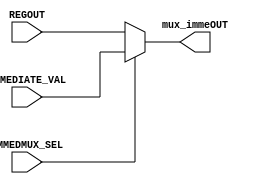
module mux_immediate(IMMEDIATE_VAL,REGOUT,IMMEDMUX_SEL,mux_immeOUT);
    
    input [7:0] IMMEDIATE_VAL,REGOUT;
    input IMMEDMUX_SEL;               //control signal for the immediate value select mux
    output reg [7:0] mux_immeOUT;     //output the result of the mux

    always @ (IMMEDIATE_VAL,REGOUT,IMMEDMUX_SEL)
    begin
      if(IMMEDMUX_SEL == 1'b0)
      begin
        mux_immeOUT = REGOUT;       //output the REGOUT value from the register
      end else begin
        mux_immeOUT= IMMEDIATE_VAL;   //output the Immediate value 
      end
    end

endmodule